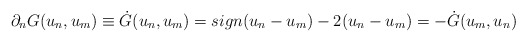
\begin{align*}\partial _n G(u_n ,u_m ) \equiv \dot G(u_n ,u_m ) = sign(u_n - u_m ) - 2(u_n - u_m ) = - \dot G(u_m ,u_n )\end{align*}